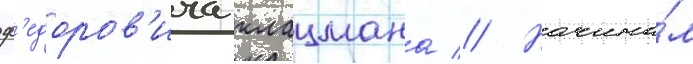
ф'едоров'ича клацмана // Начина́л